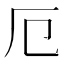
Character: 厄